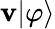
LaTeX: \mathbf{v}|\varphi\rangle